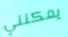
يمكنني